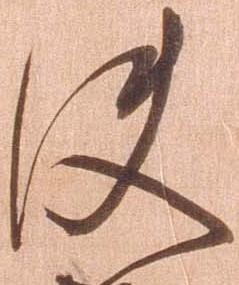
使